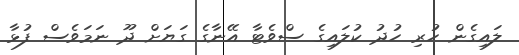
ލައިގެން ހުރި ހުދު ކުލައިގެ ސްވެޓާ އޭނާގެ ގަޔަށް ދޫ ނަމަވެސް ފުޅާ